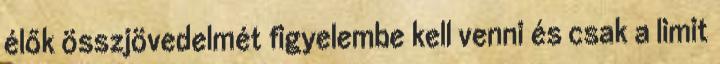
élők összjövedelmét figyelembe kell venni és csak a limit